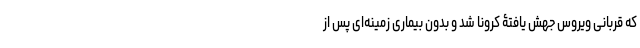
که قربانی ویروس جهش یافتۀ کرونا شد و بدون ‌بیماری زمینه‌ای پس از